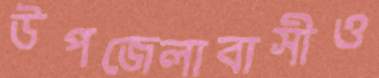
উপজেলাবাসীও